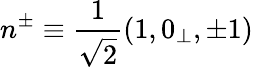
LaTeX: n^{\pm}\equiv\frac{1}{\sqrt{2}}(1,0_{\perp},\pm 1)